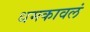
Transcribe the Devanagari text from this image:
धमकावलं